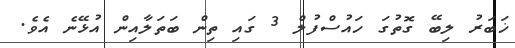
ޚަބަރު ލިބޭ ގޮތުގަ ހައުސްފުލް 3 ގައި ތިން ބަތަލާއިން އުޅޭނެ އެވެ.